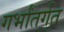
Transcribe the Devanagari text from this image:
गर्भांतर्गत